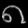
Digit: ၈